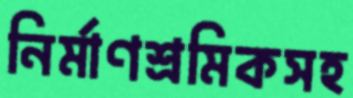
নির্মাণশ্রমিকসহ